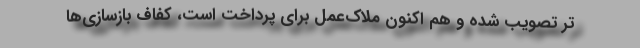
تر تصویب شده و هم اکنون ملاک‌عمل برای پرداخت است، کفاف بازسازی‌ها